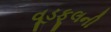
વૂડફૂલની